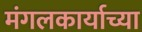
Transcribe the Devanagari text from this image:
मंगलकार्याच्या